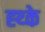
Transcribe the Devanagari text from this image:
ह्थ्के